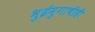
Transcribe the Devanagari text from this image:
भुईमुगाचीही